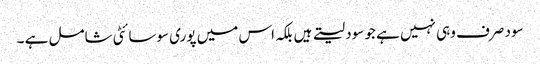
سود صرف وہی نہیں ہے جو سود لیتے ہیں بلکہ اس میں پوری سوسائٹی شامل ہے ۔